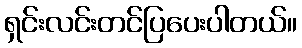
ရှင်းလင်းတင်ပြပေးပါတယ်။